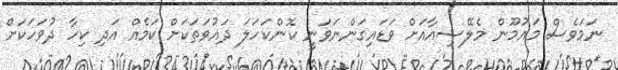
ނަމަވެސް މައުމޫން މެލޭޝިއާއަށް ވަޑައިގަންނަވަނީ ކޮންކަހަލަ ދައުވަތަކަށް ކަމެއް އަދި ކިހާ ދުވަހަކަށް